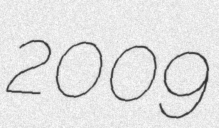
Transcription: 2009